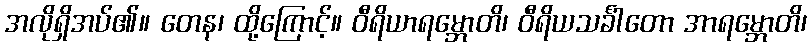
အလိုရှိအပ်၏။ တေန၊ ထို့ကြောင့်။ ဝီရိယာရမ္ဘောတိ၊ ဝီရိယသင်္ခါတော အာရမ္ဘောတိ၊